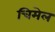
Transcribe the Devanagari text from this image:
चिमेल